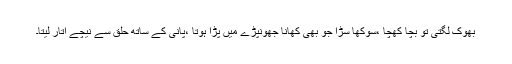
بھوک لگتی تو بچا کُھچا ،سوکھا سڑا جو بھی کھانا جھونپڑے میں پڑا ہوتا ،پانی کے ساتھ حلق سے نیچے اتار لیتا۔